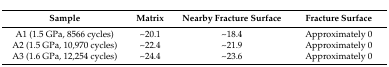
| Sample | Matrix | Nearby Fracture Surface | Fracture Surface |
 | --- | --- | --- | --- |
 | A1 (1.5 GPa, 8566 cycles) | ~20.1 | ~18.4 | Approximately 0 |
 | A2 (1.5 GPa, 10,970 cycles) | ~22.4 | ~21.9 | Approximately 0 |
 | A3 (1.6 GPa, 12,254 cycles) | ~24.4 | ~23.6 | Approximately 0 |